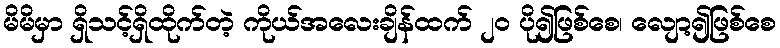
မိမိမှာ ရှိသင့်ရှိထိုက်တဲ့ ကိုယ်အလေးချိန်ထက် ၂ဝ ပို၍ဖြစ်စေ၊ လျော့၍ဖြစ်စေ